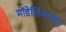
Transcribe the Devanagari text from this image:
मॉडेलिंगमधून